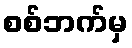
စစ်ဘက်မှ